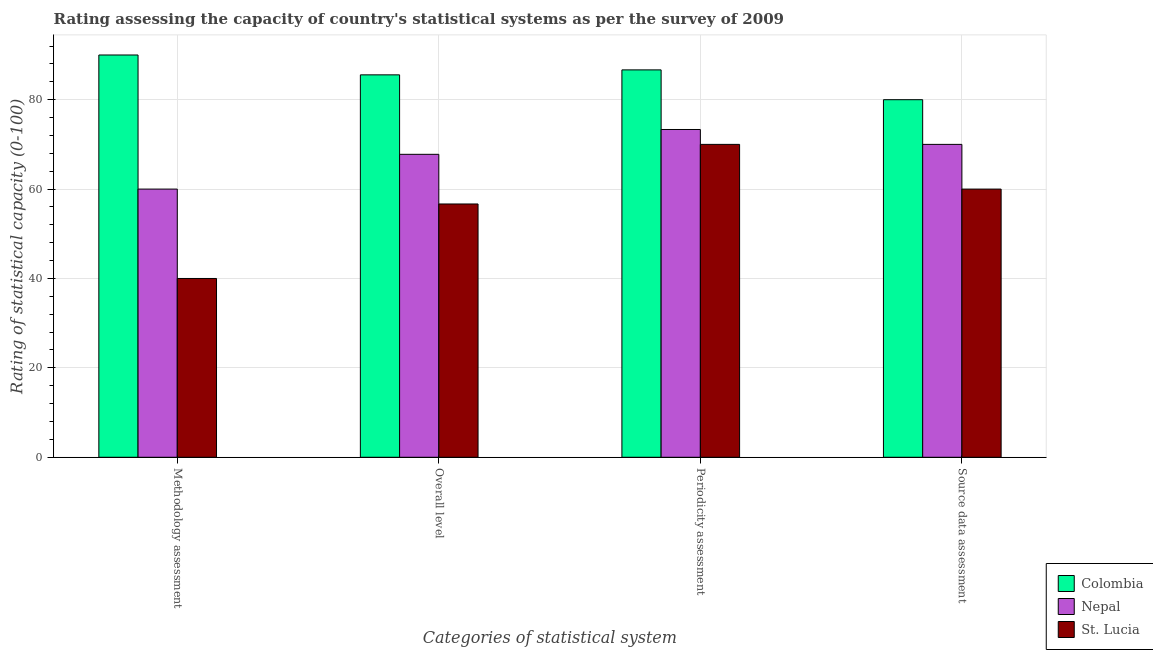
| Categories of statistical system | Colombia | Nepal | St. Lucia |
 | --- | --- | --- | --- |
 | Methodology assessment | 90 | 60 | 40 |
 | Overall level | 85.6 | 67.8 | 56.7 |
 | Periodicity assessment | 86.7 | 73.3 | 70 |
 | Source data assessment | 80 | 70 | 60 |